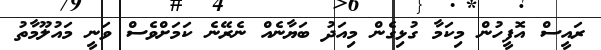
ރައީސް އޮފީހުން މިކަމާ ގުޅިގެން މިއަދު ބަޔާނެއް ނެރޭނެ ކަމަށްވެސް ވަނީ މައުލޫމާތު